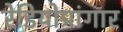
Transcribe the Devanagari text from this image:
रेडियोप्रांगार